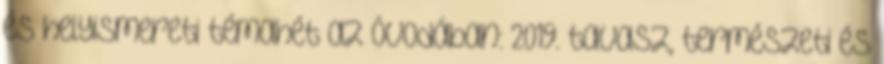
és helyismereti témahét az óvodában: 2019. tavasz, természeti és